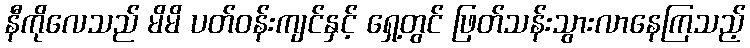
နီကိုလေသည် မိမိ ပတ်ဝန်းကျင်နှင့် ရှေ့တွင် ဖြတ်သန်းသွားလာနေကြသည့်